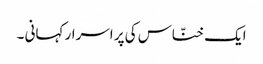
ایک خنّاس کی پر اسرار کہانی ۔